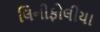
લિનીફોલીયા